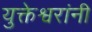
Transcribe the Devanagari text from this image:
युक्तेश्वरांनी